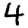
Digit: 4